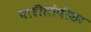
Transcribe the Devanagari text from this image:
पारीतोषीका